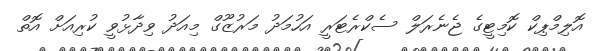
އޮލިމްޕިކް ކޮމިޓީގެ ޖެނެރަލް ސެކްރެޓަރީ އަހުމަދު މަރުޒޫގް މިއަދު ވިދާޅުވީ ކުރިއަށް އޮތް